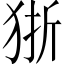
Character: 狾